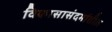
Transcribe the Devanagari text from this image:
विकासासंदर्भातील